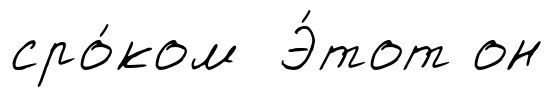
сро́ком Э́тот он